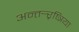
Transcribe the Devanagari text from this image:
अन्तर्‍र्रष्त्रिया